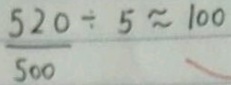
\frac { 5 2 0 } { 5 0 0 } \div 5 \approx 1 0 0